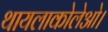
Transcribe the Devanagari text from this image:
थायलाकोलेओ।